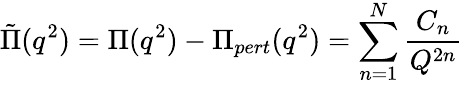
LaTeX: \tilde{\Pi}(q^{2})=\Pi(q^{2})-\Pi_{pert}(q^{2})=\sum_{n=1}^{N}\frac{C_{n}}{Q^{2n}}